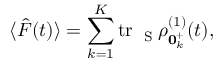
\langle \hat { F } ( t ) \rangle = \sum _ { k = 1 } ^ { K } \mathrm { t r } _ { \mathrm { ~ \tiny ~ S ~ } } \rho _ { { \bf 0 } _ { k } ^ { + } } ^ { ( 1 ) } ( t ) ,